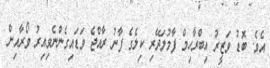
އެވެ. ބޮޑު ވަޒީރު އިބްރާހިމް ފާމުލަދޭރި ކިލެގެ ފާނު ރާއްޖެ ވަޑައިގެންނެވިއިރު ވޯރާއިން